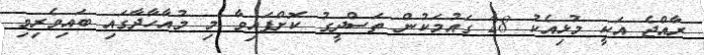
ރާއްޖެ އަކީ މުޅިއެކު 28 ގައުމަކުން ތަސްދީގު ކޮށްފައިވާ މި މުއާހާދާގައި ބައިވެރިވި